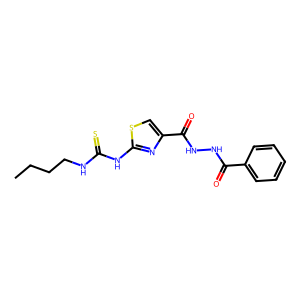
SMILES: CCCCNC(=S)Nc1nc(C(=O)NNC(=O)c2ccccc2)cs1
Inhibits HIV replication: No